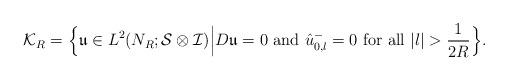
LaTeX: \begin{align*}\mathcal{K}_R=\Big\{\mathfrak{u}\in L^2(N_{R};\mathcal{S}\otimes \mathcal{I})\Big| D\mathfrak{u}=0 \mbox{ and } \hat{u}^-_{0,l}=0 \mbox{ for all } |l|>\frac{1}{2R}\Big\}.\end{align*}